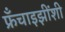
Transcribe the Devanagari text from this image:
फ्रँचाइझींशी